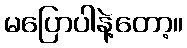
မပြောပါနဲ့တော့။